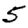
Digit: 5